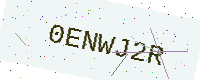
Text: 0ENWJ2R